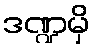
ဒဏ္ဍမှိ